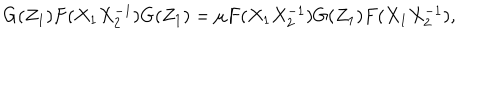
G ( Z _ { 1 } ) F ( X _ { 1 } X _ { 2 } ^ { - 1 } ) G ( Z _ { 1 } ) = \mu F ( X _ { 1 } X _ { 2 } ^ { - 1 } ) G ( Z _ { 1 } ) F ( X _ { 1 } X _ { 2 } ^ { - 1 } ) ,